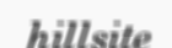
hillsite